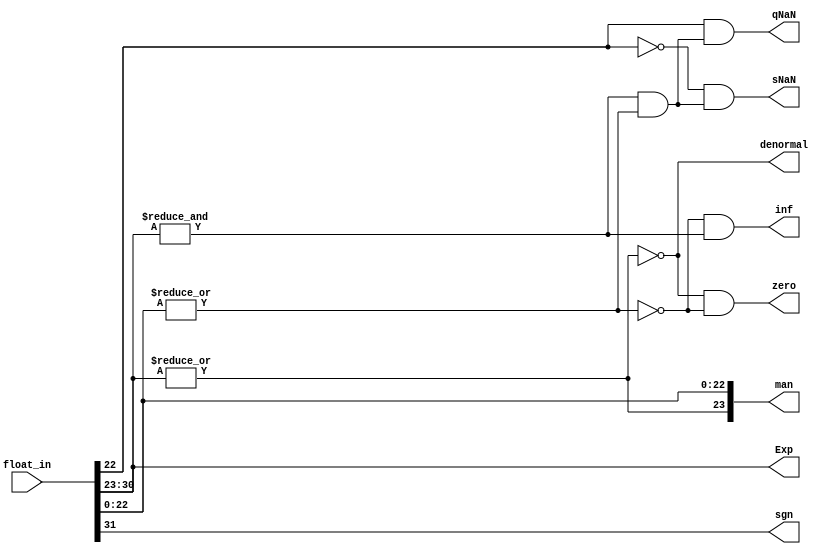
//
// Copyright 2022 FRAUNHOFER INSTITUTE OF MICROELECTRONIC CIRCUITS AND SYSTEMS (IMS), DUISBURG, GERMANY.
// --- All rights reserved --- 
// SPDX-License-Identifier: Apache-2.0 WITH SHL-2.1
// Licensed under the Solderpad Hardware License v 2.1 (the "License");
// you may not use this file except in compliance with the License, or, at your option, the Apache License version 2.0.
// You may obtain a copy of the License at
// https://solderpad.org/licenses/SHL-2.1/
// Unless required by applicable law or agreed to in writing, any work distributed under the License is distributed on an "AS IS" BASIS,
// WITHOUT WARRANTIES OR CONDITIONS OF ANY KIND, either express or implied.
// See the License for the specific language governing permissions and limitations under the License.
//

module airi5c_splitter
(
    input   [31:0]  float_in,

    output  [23:0]  man,
    output  [7:0]   Exp,
    output          sgn,

    output          zero,
    output          inf,
    output          sNaN,
    output          qNaN,
    output          denormal
);
    wire    hidden_bit;
    wire    max_exp;
    wire    man_NZ;
    wire    NaN;
    
    assign  sgn         = float_in[31];
    assign  Exp         = float_in[30:23];
    assign  man[22:0]   = float_in[22:0];

    assign  hidden_bit  = |Exp;
    // 1 if exponent is the highes possible (unbiased: 255, biased: 128 or inf)
    assign  max_exp     = &Exp;
    // 1 if the mantissa is unequal to zero
    assign  man_NZ      = |man[22:0];
    // 1 if the input is either sNaN or qNaN
    assign  NaN         = max_exp && man_NZ;

    assign  man[23]     = hidden_bit;
    assign  denormal    = !hidden_bit;
    assign  zero        = !hidden_bit && !man_NZ;
    assign  inf         = !man_NZ && max_exp;
    assign  sNaN        = !float_in[22] && NaN;
    assign  qNaN        = float_in[22] && NaN;

endmodule